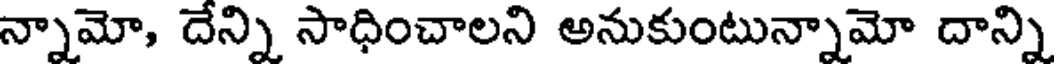
న్నామో, దేన్ని సాధించాలని అనుకుంటున్నామో దాన్ని